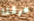
عرفنا